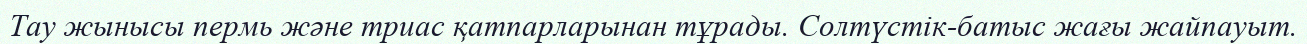
Тау жынысы пермь және триас қатпарларынан тұрады. Солтүстік-батыс жағы жайпауыт.